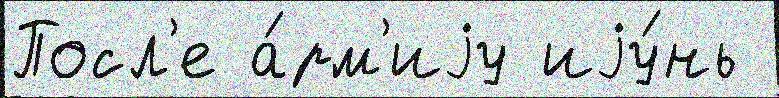
Посл'е а́рм'иjу иjу́нь